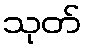
သုတ်